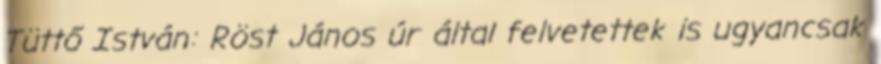
Tüttő István: Röst János úr által felvetettek is ugyancsak